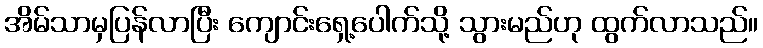
အိမ်သာမှပြန်လာပြီး ကျောင်းရှေ့ပေါက်သို့ သွားမည်ဟု ထွက်လာသည်။